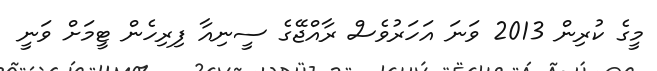
މީގެ ކުރިން 2013 ވަނަ އަހަރުވެސް ރާއްޖޭގެ ސީނިއާ ފިރިހެން ޓީމަށް ވަނީ